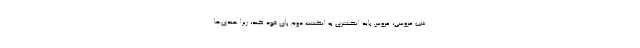
شب عروسی، عروس باید انگشتری به انگشت دوم پای خود کند، زیرا هندی‌ها